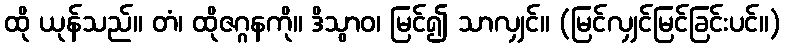
ထို ယုန်သည်။ တံ၊ ထိုဇဂ္ဂနကို။ ဒိသွာဝ၊ မြင်၍ သာလျှင်။ (မြင်လျှင်မြင်ခြင်းပင်။)